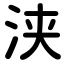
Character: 浃